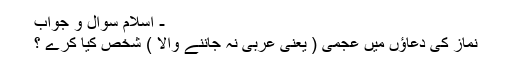
- اسلام سوال و جواب
نماز كى دعاؤں ميں عجمى ( يعنى عربى نہ جاننے والا ) شخص كيا كرے ؟